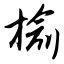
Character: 榆